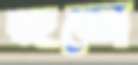
রইতো